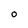
Character: O